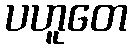
ပဟူတေ